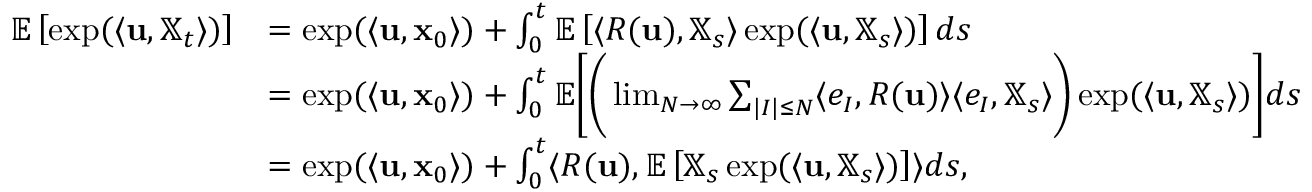
\begin{array} { r l } { \mathbb { E } \left[ \exp ( \langle \mathbf { u } , \mathbb { X } _ { t } \rangle ) \right] } & { = \exp ( \langle \mathbf { u } , \mathbf { x } _ { 0 } \rangle ) + \int _ { 0 } ^ { t } \mathbb { E } \left[ \langle R ( \mathbf { u } ) , \mathbb { X } _ { s } \rangle \exp ( \langle \mathbf { u } , \mathbb { X } _ { s } \rangle ) \right] d s } \\ & { = \exp ( \langle \mathbf { u } , \mathbf { x } _ { 0 } \rangle ) + \int _ { 0 } ^ { t } \mathbb { E } \bigg [ \bigg ( \operatorname* { l i m } _ { N \to \infty } \sum _ { | I | \leq N } \langle e _ { I } , R ( \mathbf { u } ) \rangle \langle e _ { I } , \mathbb { X } _ { s } \rangle \bigg ) \exp ( \langle \mathbf { u } , \mathbb { X } _ { s } \rangle ) \bigg ] d s } \\ & { = \exp ( \langle \mathbf { u } , \mathbf { x } _ { 0 } \rangle ) + \int _ { 0 } ^ { t } \langle R ( \mathbf { u } ) , \mathbb { E } \left[ \mathbb { X } _ { s } \exp ( \langle \mathbf { u } , \mathbb { X } _ { s } \rangle ) \right] \rangle d s , } \end{array}